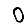
Digit: 0